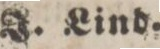
J. Lind.